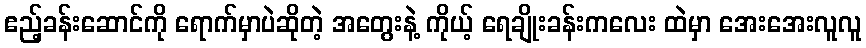
ဧည့်ခန်းဆောင်ကို ရောက်မှာပဲဆိုတဲ့ အတွေးနဲ့ ကိုယ့် ရေချိုးခန်းကလေး ထဲမှာ အေးအေးလူလူ